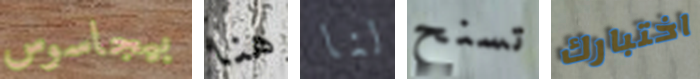
بيجاسوس هنا لنا تسنح اختبارك